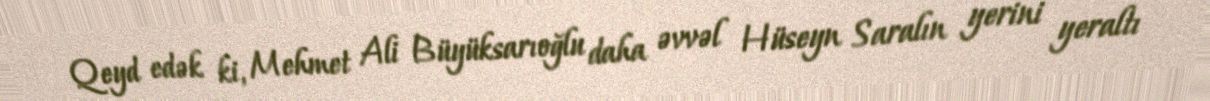
Qeyd edək ki, Mehmet Ali Büyüksarıoğlu daha əvvəl Hüseyn Saralın yerini yeraltı